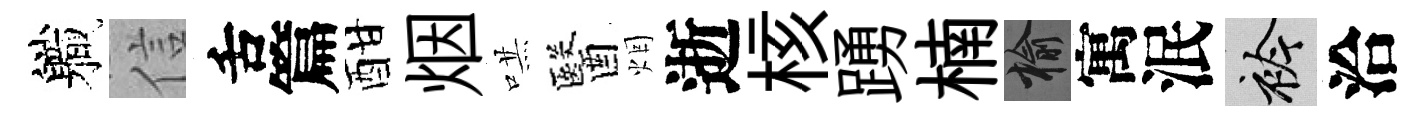
軄信舌篇酣烟哄醫烟逝核踴楠榆寓泯衿洽